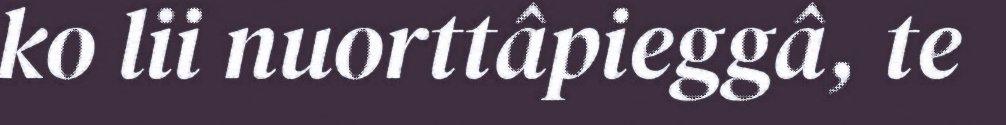
ko lii nuorttâpieggâ, te